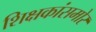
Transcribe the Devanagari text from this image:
शिक्षकांसमोर